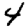
Digit: 4